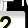
Digit: 2